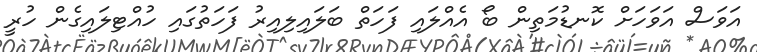
އަވަސް އަވަހަށް ކޮނޑުމަތިން ބޯ އެއްލައި ފަހަތް ބަލައިލިއިރު ފަހަތުގައި ހުއްޓިލައިގެން ހުރީ